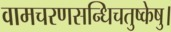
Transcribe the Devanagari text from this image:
वामचरणसन्धिचतुष्केषु।